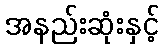
အနည်းဆုံးနှင့်